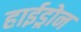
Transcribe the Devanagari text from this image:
हाईड्रोन